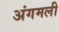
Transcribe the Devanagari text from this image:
अंगमली